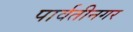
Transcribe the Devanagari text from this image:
पार्वतीनगर